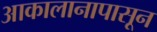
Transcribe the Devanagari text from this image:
आकालानापासून